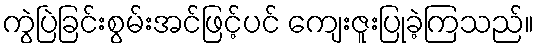
ကွဲပြဲခြင်းစွမ်းအင်ဖြင့်ပင် ကျေးဇူးပြုခဲ့ကြသည်။